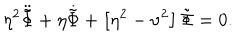
\eta ^ { 2 } \ddot { \tilde { \Phi } } + \eta \dot { \tilde { \Phi } } + \left[ \eta ^ { 2 } - \nu ^ { 2 } \right] \tilde { \Phi } = 0 .